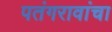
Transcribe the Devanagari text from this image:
पतंगरावांचा